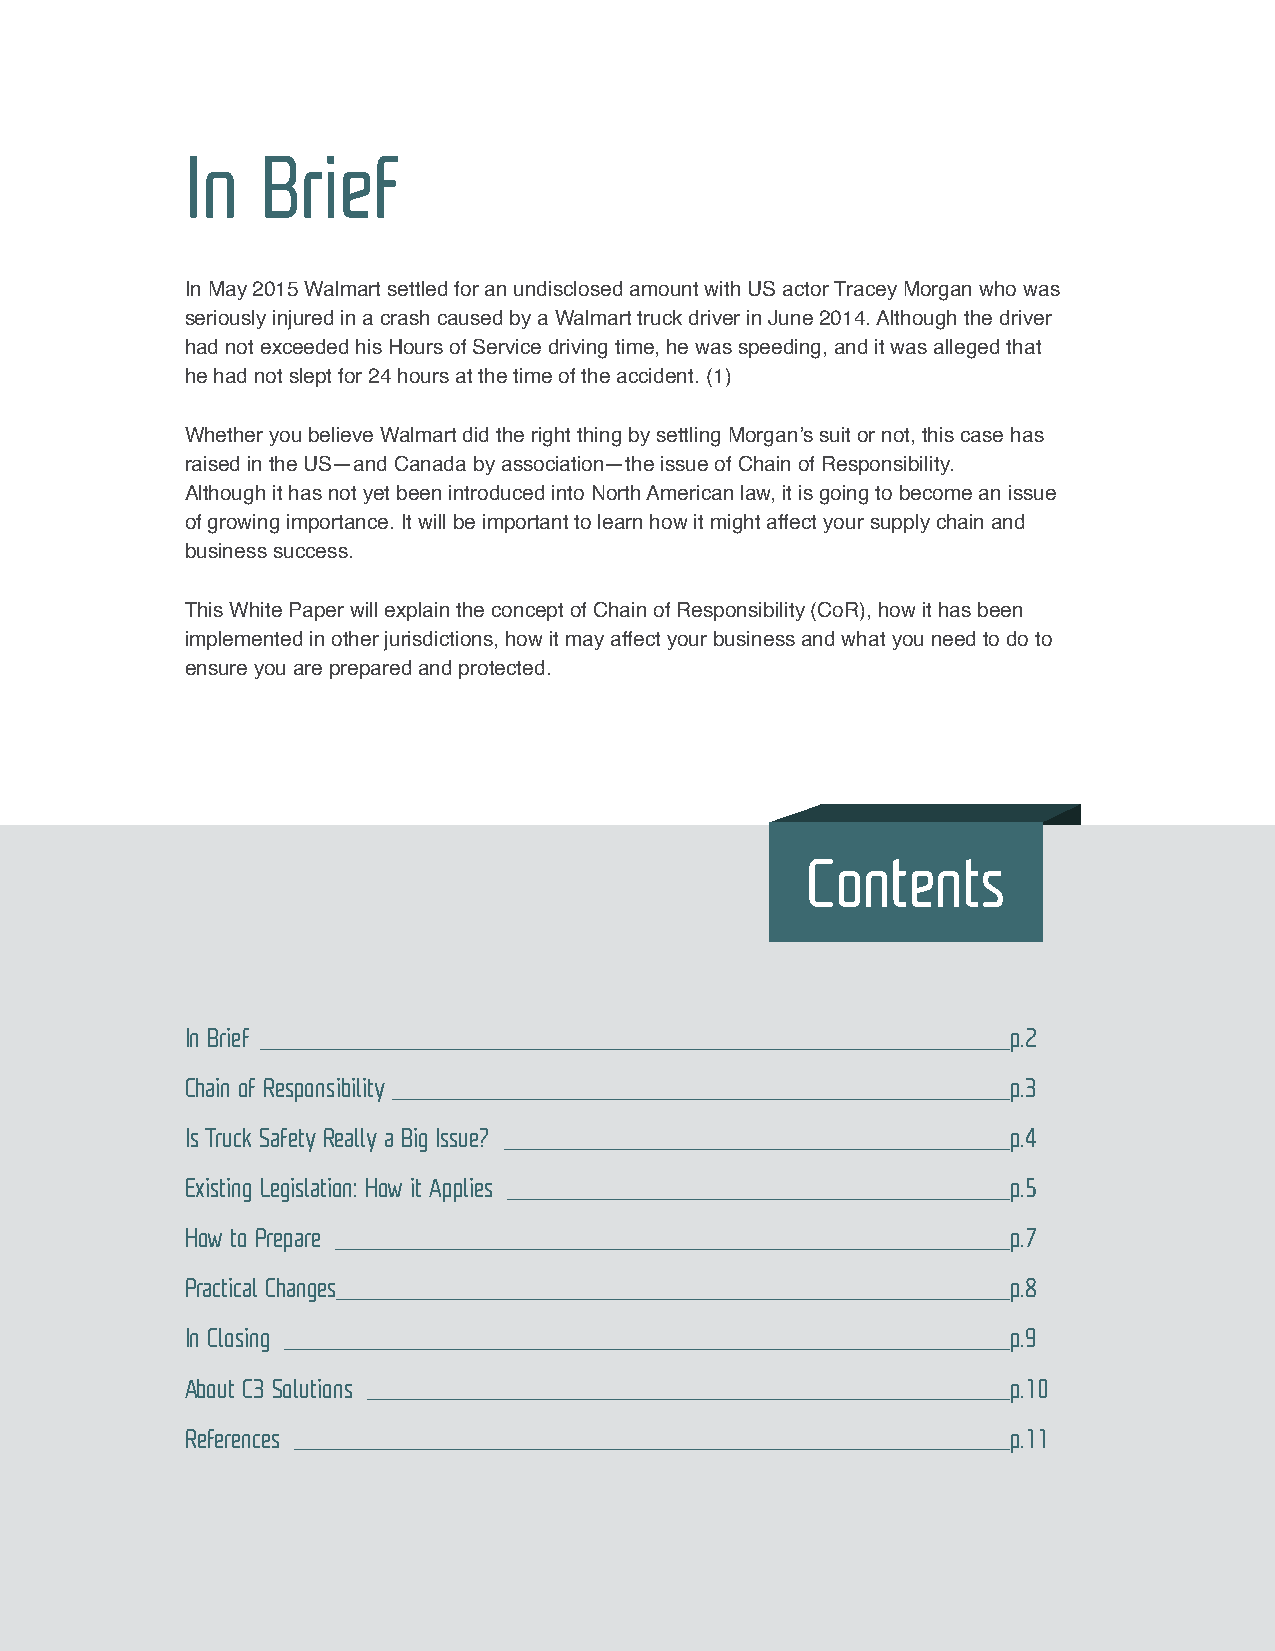
In   Brief
 In May 2015 Walmart settled for an undisclosed amount with US actor Tracey Morgan who was
 seriously injured in a crash caused by a Walmart truck driver in June 2014. Although the driver
 had not exceeded his Hours of Service driving time, he was speeding, and it was alleged that
 he had not slept for 24 hours at the time of the accident. (1)
 Whether you believe Walmart did the right thing by settling Morgan’s suit or not, this case has
 raised in the US—and Canada by association—the issue of Chain of Responsibility.
 Although it has not yet been introduced into North American law, it is going to become an issue
 of growing importance. It will be important to learn how it might affect your supply chain and
 business success.
 This White Paper will explain the concept of Chain of Responsibility (CoR), how it has been
 implemented in other jurisdictions, how it may affect your business and what you need to do to
 ensure you are prepared and protected.
 Contents
 In Brief                                               p.2
 Chain of Responsibility                                p.3
 Is Truck Safety Really a Big Issue?                    p.4
 Existing Legislation: How it Applies                   p.5
 How to Prepare                                         p.7
 Practical Changes                                      p.8
 In Closing                                             p.9
 About C3 Solutions                                     p.10
 References                                             p.11
 2